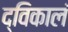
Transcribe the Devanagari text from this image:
द्विकालं